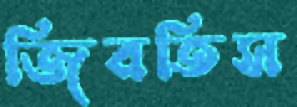
জিরতিস